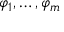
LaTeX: \varphi _ { 1 } , \ldots , \varphi _ { m }